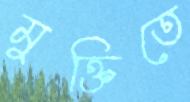
মুক্তিতে